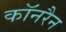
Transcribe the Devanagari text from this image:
कॉनरैन